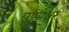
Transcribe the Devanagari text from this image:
पूर्णाक्षर